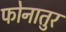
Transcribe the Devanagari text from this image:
फोनातुर